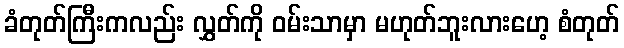
ခံတုတ်ကြီးကလည်း လွှတ်ကို ဝမ်းသာမှာ မဟုတ်ဘူးလားဟေ့ စံတုတ်